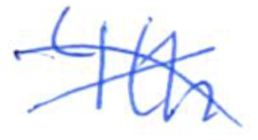
Text: 4th
Cross-out: cross
Writing tool: ballpoint